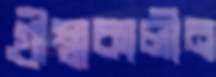
গ্রীষ্মকালীন